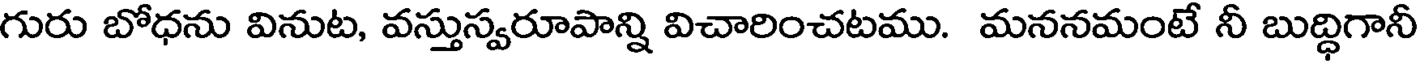
గురు బోధను వినుట, వస్తుస్వరూపాన్ని విచారించటము. మననమంటే నీ బుద్ధిగానీ